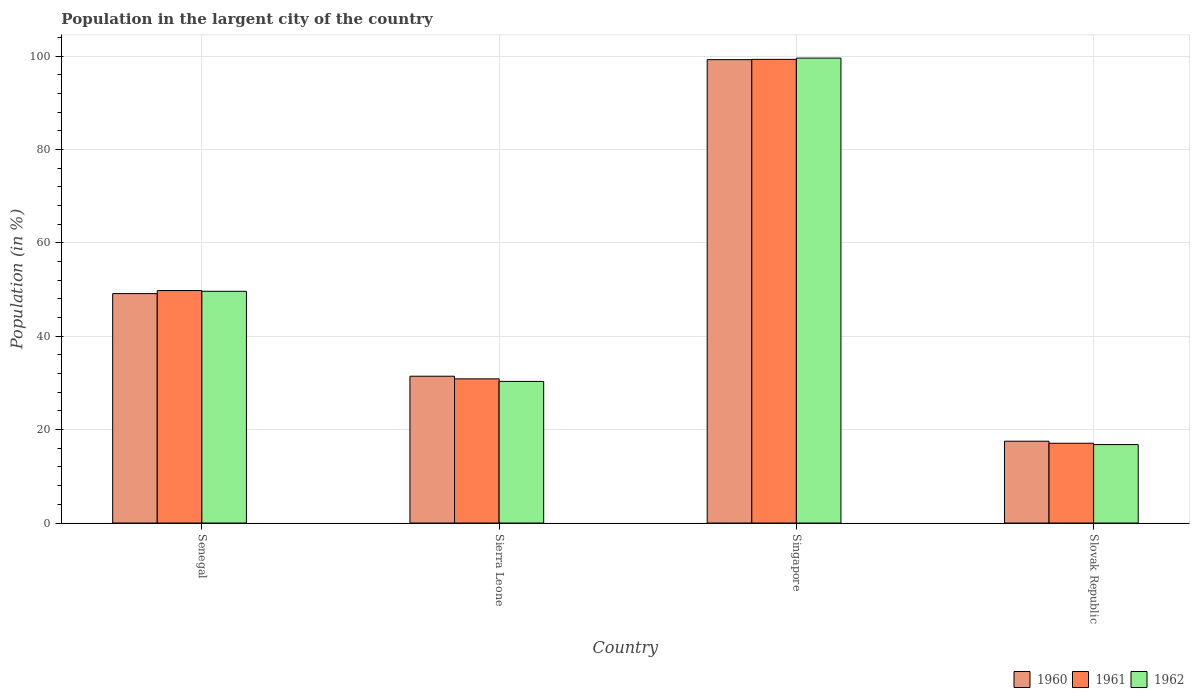
| Country | 1960 | 1961 | 1962 |
 | --- | --- | --- | --- |
 | Senegal | 49.1 | 49.8 | 49.6 |
 | Sierra Leone | 31.4 | 30.9 | 30.3 |
 | Singapore | 99.2 | 99.3 | 99.6 |
 | Slovak Republic | 17.5 | 17.1 | 16.8 |